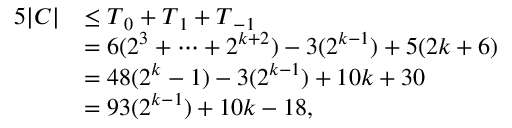
\begin{array} { r l } { 5 | C | } & { \le { \boldsymbol { T } } _ { 0 } + { \boldsymbol { T } } _ { 1 } + { \boldsymbol { T } } _ { - 1 } } \\ & { = 6 ( 2 ^ { 3 } + \cdots + 2 ^ { k + 2 } ) - 3 ( 2 ^ { k - 1 } ) + 5 ( 2 k + 6 ) } \\ & { = 4 8 ( 2 ^ { k } - 1 ) - 3 ( 2 ^ { k - 1 } ) + 1 0 k + 3 0 } \\ & { = 9 3 ( 2 ^ { k - 1 } ) + 1 0 k - 1 8 , } \end{array}